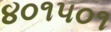
૪૦૧૫૦૧